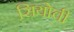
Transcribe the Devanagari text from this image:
सियोची